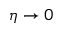
\eta \to 0